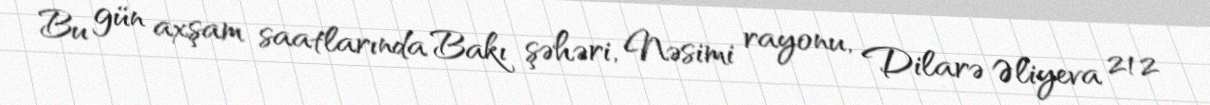
Bu gün axşam saatlarında Bakı şəhəri, Nəsimi rayonu, Dilarə Əliyeva 212